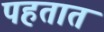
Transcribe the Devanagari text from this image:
पहतात